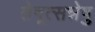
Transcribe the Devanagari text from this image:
तेषूत्सन्नेषु